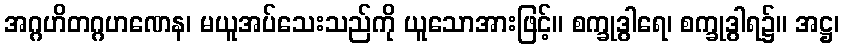
အဂ္ဂဟိတဂ္ဂဟဏေန၊ မယူအပ်သေးသည်ကို ယူသောအားဖြင့်။ စက္ခုဒွါရေ၊ စက္ခုဒွါရ၌။ အဋ္ဌ၊